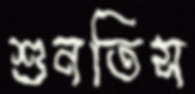
শুনতিস